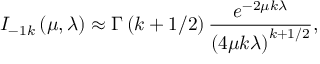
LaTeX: I _ { - 1 k } \left( \mu , \lambda \right) \approx \Gamma \left( k + 1 / 2 \right) \frac { e ^ { - 2 \mu k \lambda } } { \left( 4 \mu k \lambda \right) ^ { k + 1 / 2 } } ,